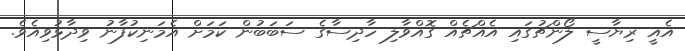
އެއީ ރިޔާސީ ލޯންޗުގައި އެއްޗެއް ގޮއްވާލި ހާދިސާގެ ސަބަބުން ކަމަށް އެމަނިކުފާނު ވިދާޅުވިއެވެ.